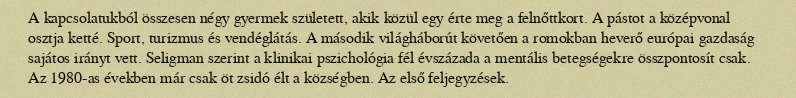
A kapcsolatukból összesen négy gyermek született, akik közül egy érte meg a felnőttkort. A pástot a középvonal osztja ketté. Sport, turizmus és vendéglátás. A második világháborút követően a romokban heverő európai gazdaság sajátos irányt vett. Seligman szerint a klinikai pszichológia fél évszázada a mentális betegségekre összpontosít csak. Az 1980-as években már csak öt zsidó élt a községben. Az első feljegyzések.